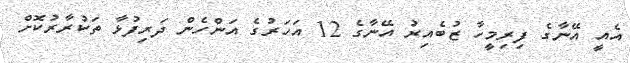
އެއީ އޭނާގެ ފިރިމީހާ ޒުބެއިރު އޭނާގެ 12 އަހަރުގެ އަންހެން ދަރިފުޅާ ތަކުރާރުކޮށް